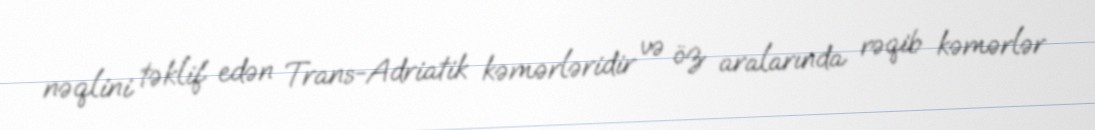
nəqlini təklif edən Trans-Adriatik kəmərləridir və öz aralarında rəqib kəmərlər